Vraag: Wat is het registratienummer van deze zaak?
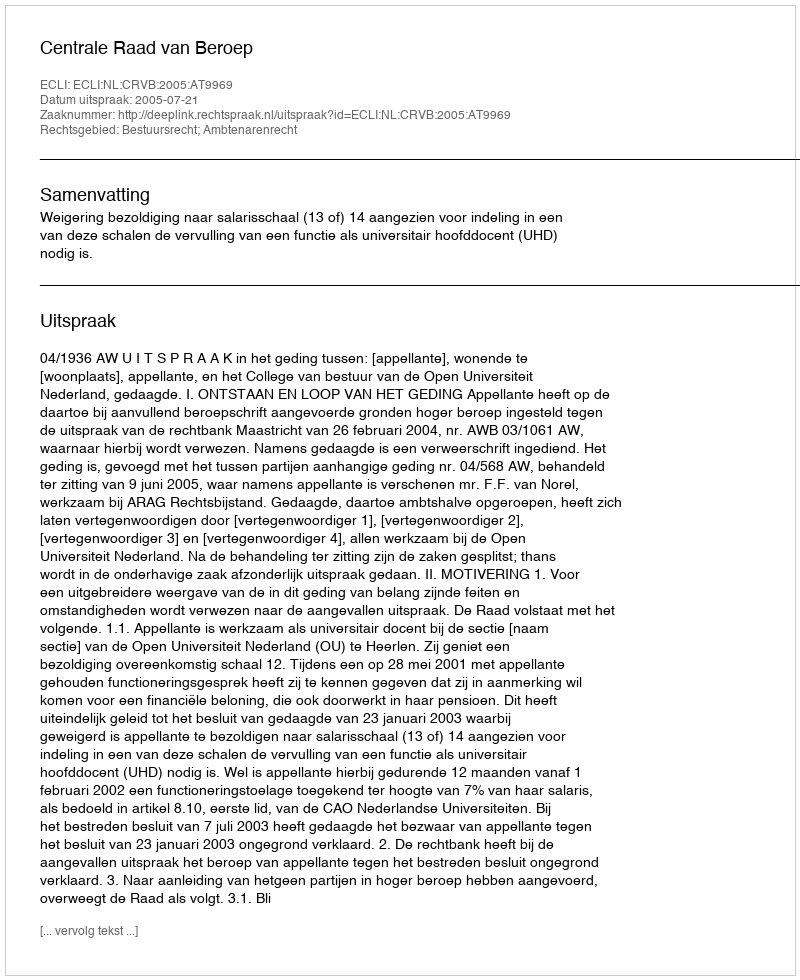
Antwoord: http://deeplink.rechtspraak.nl/uitspraak?id=ECLI:NL:CRVB:2005:AT9969